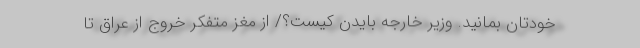
خودتان بمانید. وزیر خارجه بایدن کیست؟/ از مغز متفکر خروج از عراق تا